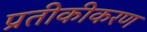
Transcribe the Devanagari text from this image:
प्रतीकीकरण